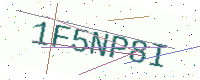
Text: 1F5NP8I